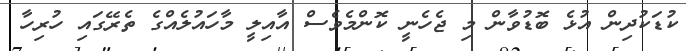
ކުޑަކުދިން އުޅެ ބޮޑުވާން މި ޖެހެނީ ކޮންމެވެސް އާއިލީ މާހައުލެއްގެ ތެރޭގައި ހުރިހާ